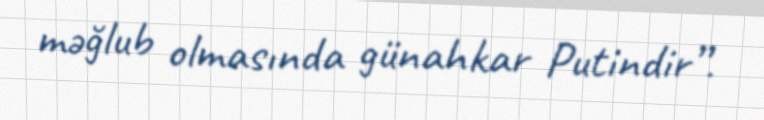
məğlub olmasında günahkar Putindir”.